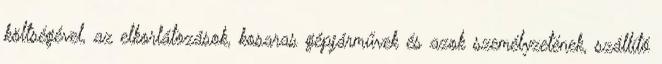
költségével, az elkorlátozások, kosaras gépjárművek és azok személyzetének, szállító